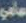
سامي